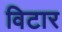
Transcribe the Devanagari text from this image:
विटार